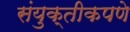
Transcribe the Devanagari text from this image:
संयुक्तीकपणे